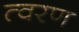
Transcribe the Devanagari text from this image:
त्‍वरण